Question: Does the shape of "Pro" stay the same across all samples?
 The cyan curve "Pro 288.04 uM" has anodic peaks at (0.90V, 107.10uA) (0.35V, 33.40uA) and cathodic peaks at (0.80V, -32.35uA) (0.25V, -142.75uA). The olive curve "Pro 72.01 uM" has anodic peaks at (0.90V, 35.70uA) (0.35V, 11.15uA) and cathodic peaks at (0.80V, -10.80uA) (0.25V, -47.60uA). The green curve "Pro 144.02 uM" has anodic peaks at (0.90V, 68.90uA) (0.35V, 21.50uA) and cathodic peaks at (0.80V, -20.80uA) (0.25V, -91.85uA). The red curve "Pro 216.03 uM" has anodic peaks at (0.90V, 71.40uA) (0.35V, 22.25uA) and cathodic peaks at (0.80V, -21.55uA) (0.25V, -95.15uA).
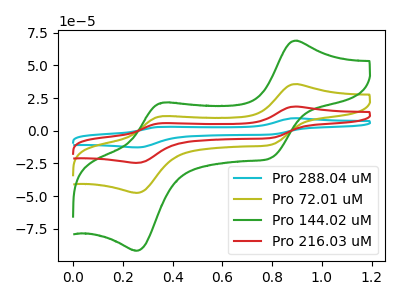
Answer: <think>All the peaks in "Pro 288.04 uM" have a peak in "Pro 72.01 uM" at the same potential. Every peak in "Pro 288.04 uM" is higher than every peak in "Pro 72.01 uM". All the peaks in "Pro 288.04 uM" have a peak in "Pro 144.02 uM" at the same potential. Every peak in "Pro 288.04 uM" is higher than every peak in "Pro 144.02 uM". All the peaks in "Pro 288.04 uM" have a peak in "Pro 216.03 uM" at the same potential. Every peak in "Pro 288.04 uM" is higher than every peak in "Pro 216.03 uM". All the peaks in "Pro 72.01 uM" have a peak in "Pro 144.02 uM" at the same potential. Every peak in "Pro 72.01 uM" is lower than every peak in "Pro 144.02 uM". All the peaks in "Pro 72.01 uM" have a peak in "Pro 216.03 uM" at the same potential. Every peak in "Pro 72.01 uM" is lower than every peak in "Pro 216.03 uM". All the peaks in "Pro 144.02 uM" have a peak in "Pro 216.03 uM" at the same potential. Every peak in "Pro 144.02 uM" is lower than every peak in "Pro 216.03 uM".
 </think>
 <answer>All the CV's of "Pro" have similar shape.</answer>
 <eval>follow_rule</eval>